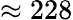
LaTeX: \approx 228